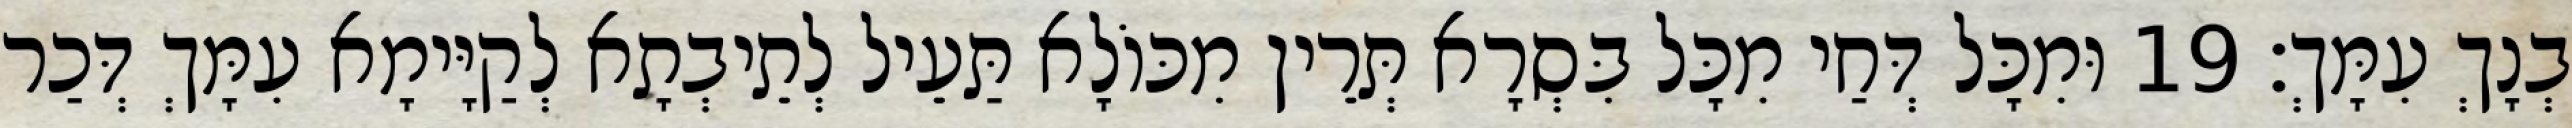
בְנָךְ עִמָּךְ׃ 19 וּמִכָּל דְּחַי מִכָּל בִּסְרָא תְּרֵין מִכּוֹלָא תַּעֵיל לְתֵיבְתָא לְקַיָּימָא עִמָּךְ דְּכַר